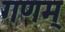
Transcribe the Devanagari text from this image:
गणम्